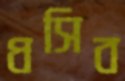
ধসিব